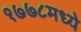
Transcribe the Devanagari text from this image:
१७७८मध्ये